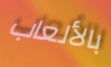
بالألعاب